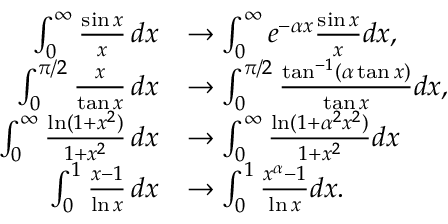
{ \begin{array} { r l } { \int _ { 0 } ^ { \infty } { \frac { \sin x } { x } } \, d x } & { \to \int _ { 0 } ^ { \infty } e ^ { - \alpha x } { \frac { \sin x } { x } } d x , } \\ { \int _ { 0 } ^ { \pi / 2 } { \frac { x } { \tan x } } \, d x } & { \to \int _ { 0 } ^ { \pi / 2 } { \frac { \tan ^ { - 1 } ( \alpha \tan x ) } { \tan x } } d x , } \\ { \int _ { 0 } ^ { \infty } { \frac { \ln ( 1 + x ^ { 2 } ) } { 1 + x ^ { 2 } } } \, d x } & { \to \int _ { 0 } ^ { \infty } { \frac { \ln ( 1 + \alpha ^ { 2 } x ^ { 2 } ) } { 1 + x ^ { 2 } } } d x } \\ { \int _ { 0 } ^ { 1 } { \frac { x - 1 } { \ln x } } \, d x } & { \to \int _ { 0 } ^ { 1 } { \frac { x ^ { \alpha } - 1 } { \ln x } } d x . } \end{array} }